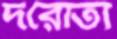
দরোতা